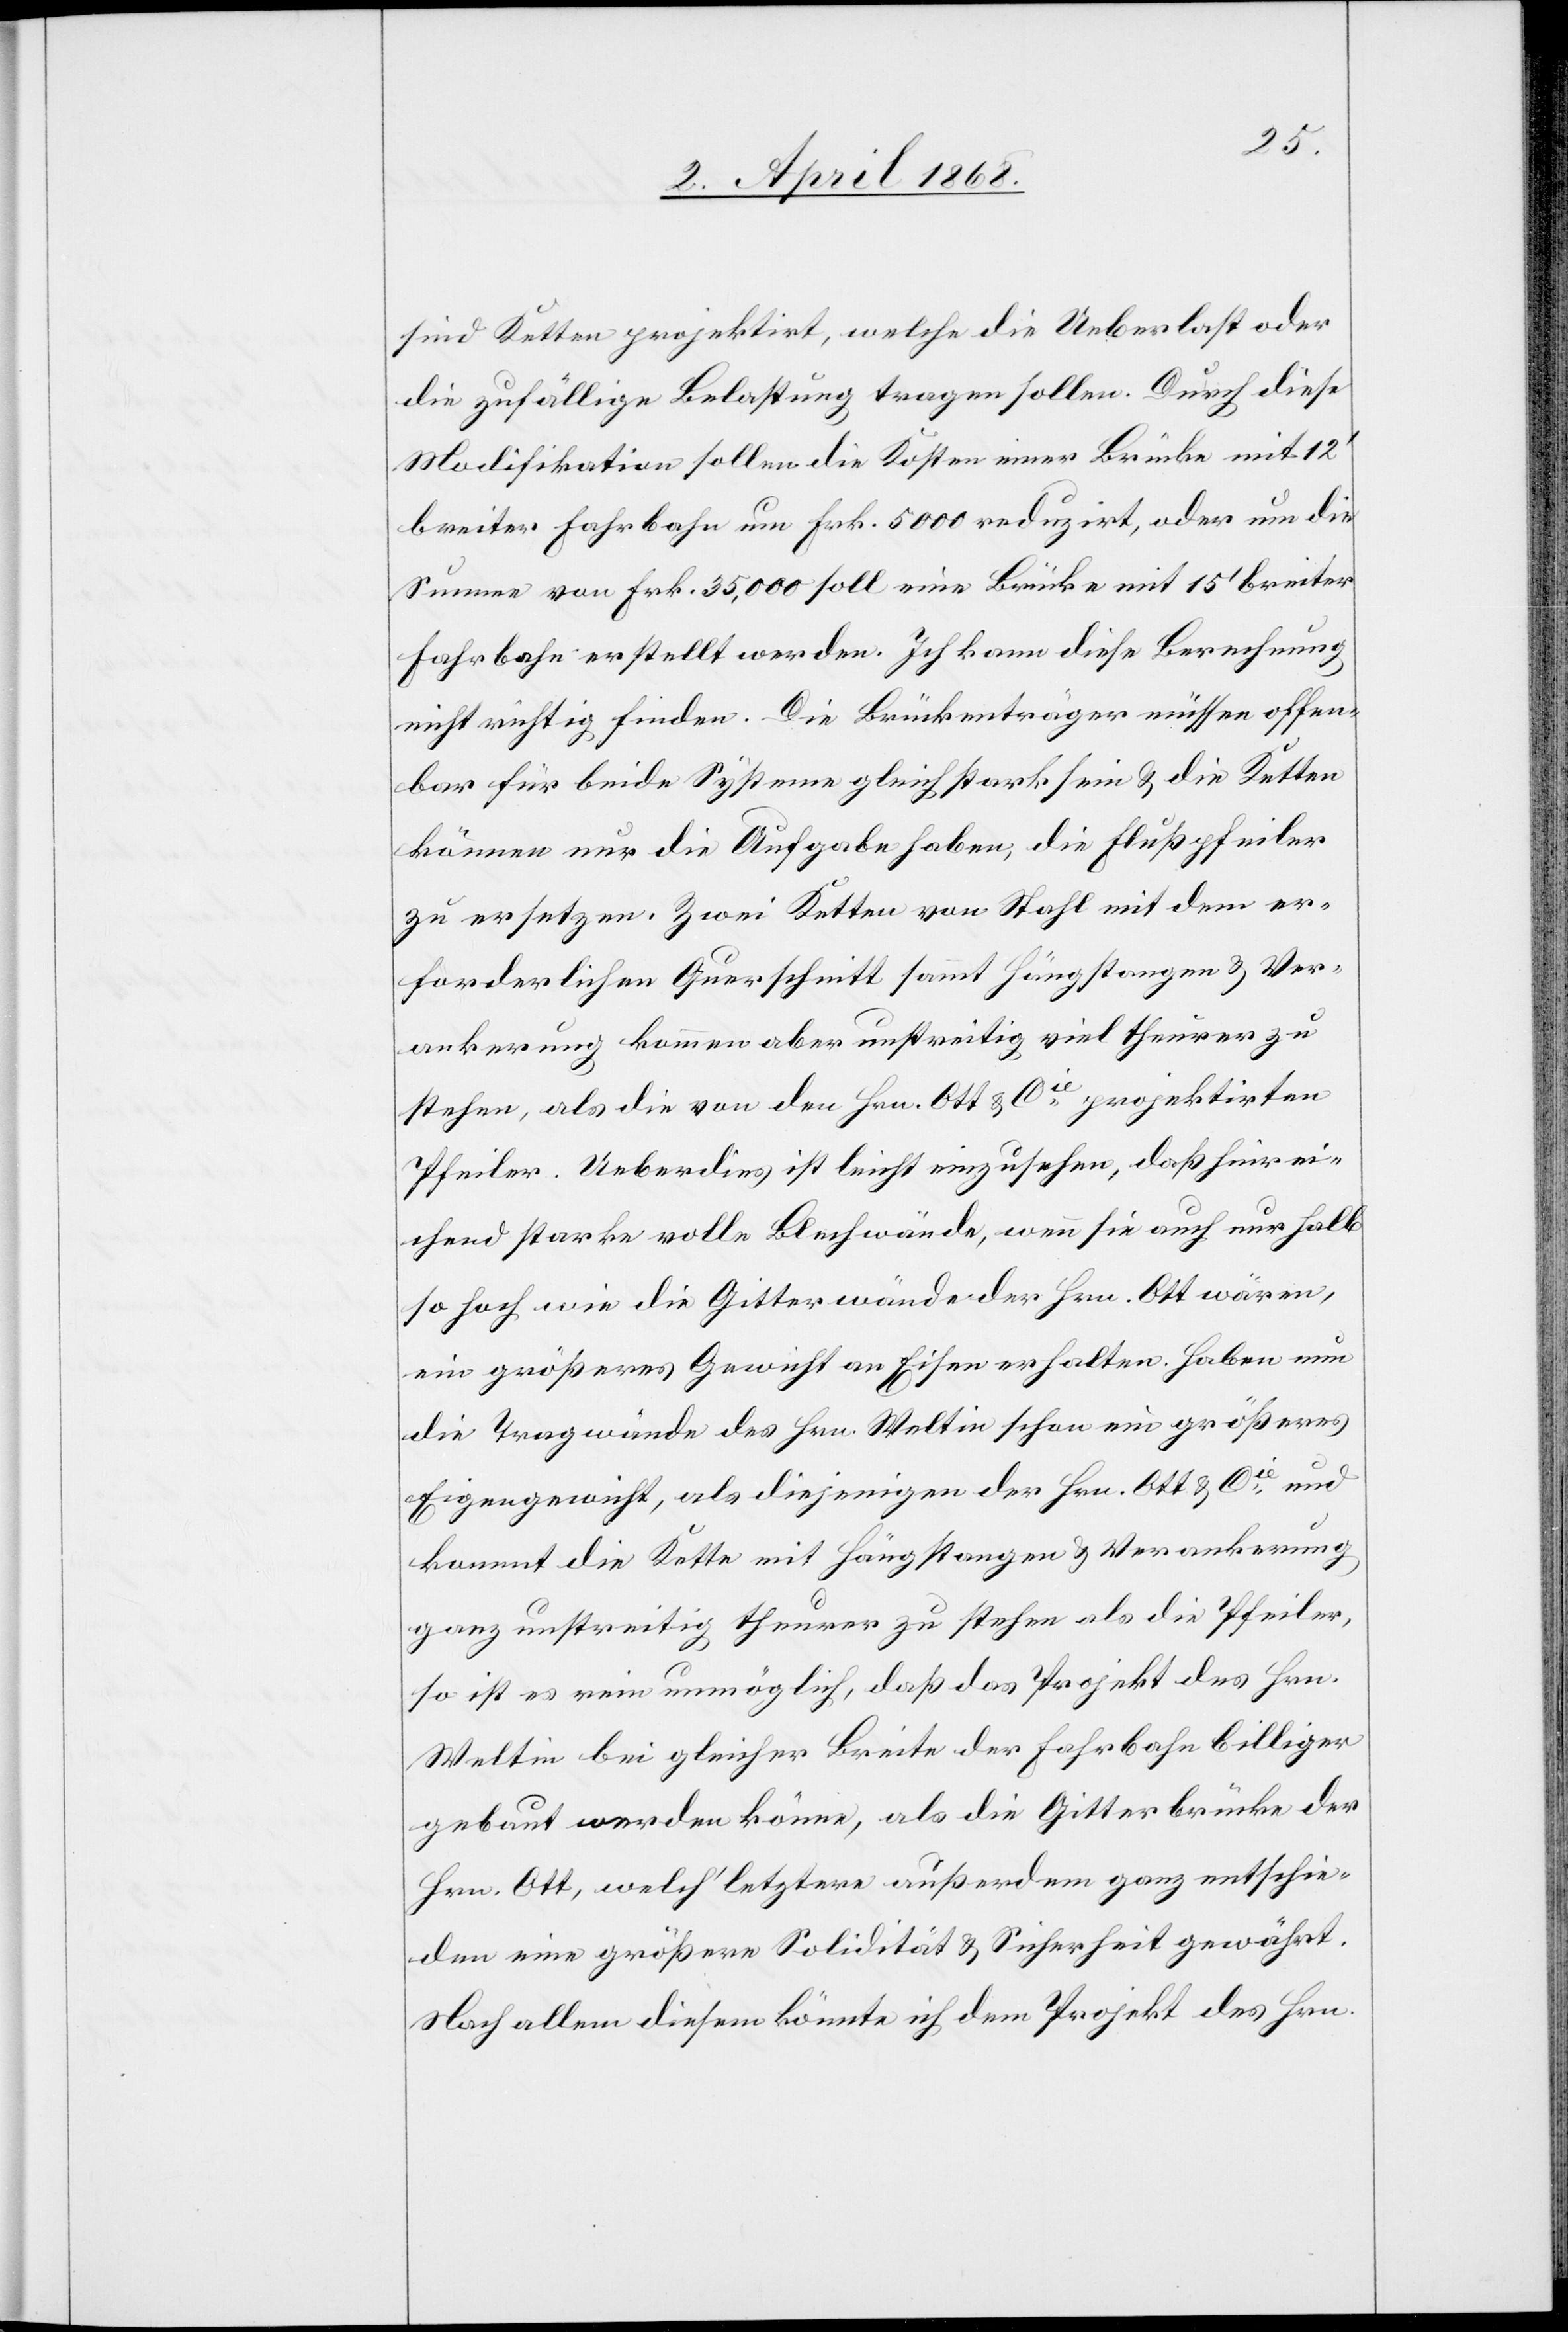
sind Ketten projektirt, welche die Ueberlast oder
die zufällige Belastung tragen sollen. Durch diese
Modifikation sollen die Kosten einer Brücke mit 12‘
breiter Fahrbahn um Frk. 5000 reduzirt, oder um die
Summe von Frk. 35,000 soll eine Brücke mit 15‘ breiter
Fahrbahn erstellt werden. Ich kann diese Berechnung
nicht richtig finden. Die Brückenträger müssen offen¬
bar für beide Systeme gleich stark sein & die Ketten
können nur die Aufgabe haben, die Flußpfeiler
zu ersetzen. Zwei Ketten von Stahl mit dem er¬
forderlichen Querschnitt sammt Hängstangen & Ver¬
ankerung kommen aber unstreitig viel theurer zu
stehen, als die von den Hrn. Ott & Cie. projektirten
Pfeiler. Ueberdies ist leicht einzusehen, daß hinrei¬
chend starke volle Blechwände, wenn sie auch nur halb
so hoch wie die Gitterwände der Hrn. Ott wären,
ein größeres Gewicht an Eisen erhalten. Haben nun
die Tragwände des Hrn. Weltin schon ein größeres
Eigengewicht, als diejenigen der Hrn. Ott & Cie. und
kommt die Kette mit Hängstangen & Verankerung
ganz unstreitig theurer zu stehen als die Pfeiler,
so ist es rein unmöglich, daß das Projekt des Hrn.
Weltin bei gleicher Breite der Fahrbahn billiger
gebaut werden könne, als die Gitterbrücke der
Hrn. Ott, welch‘ letztere außerdem ganz entschie¬
den eine größere Solidität & Sicherheit gewährt.
Nach allem diesem könnte ich dem Projekt des Hrn.